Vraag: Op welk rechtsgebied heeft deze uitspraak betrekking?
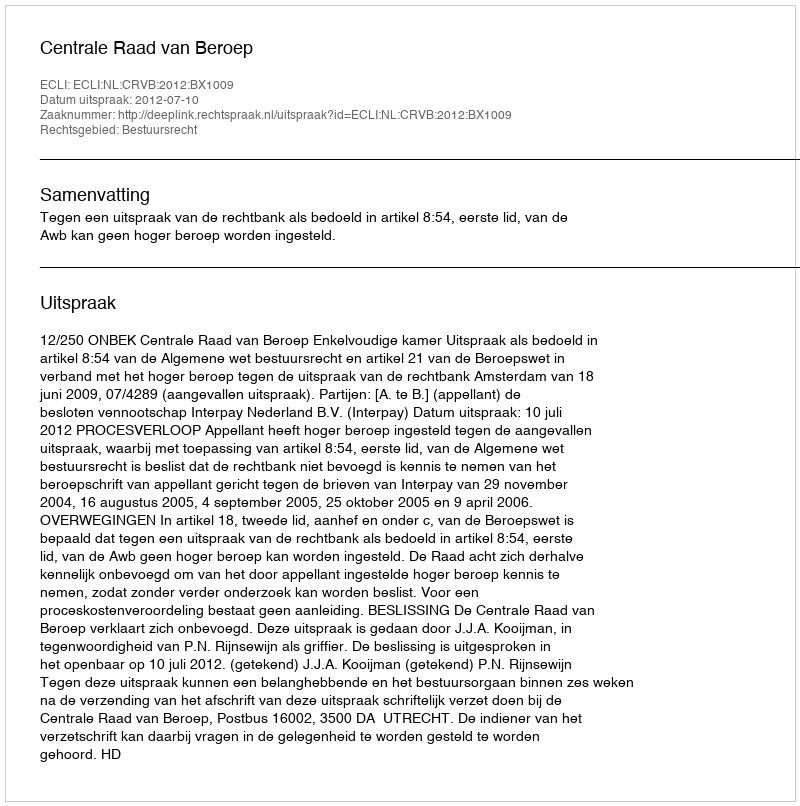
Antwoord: Bestuursrecht